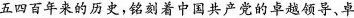
五四百年来的历史，铭刻着中国共产党的卓越领导、卓